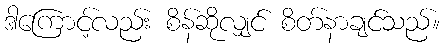
ဒါကြောင့်လည်း စိန်ဆိုလျှင် စိတ်နာချင်သည်။